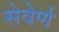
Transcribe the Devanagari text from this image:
सेवेर्ण